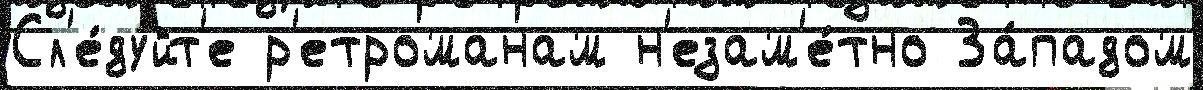
Сл'е́дуйт'е р'етроманам н'езам'е́тно За́падом